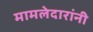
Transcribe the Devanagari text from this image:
मामलेदारांनी